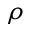
\rho